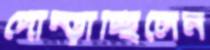
দোম্‌ড়াচ্ছিলেন